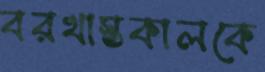
বরখাস্তকালকে